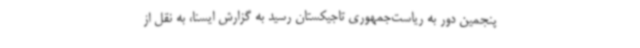
پنجمین دور به ریاست‌جمهوری تاجیکستان رسید به گزارش ایسنا، به نقل از